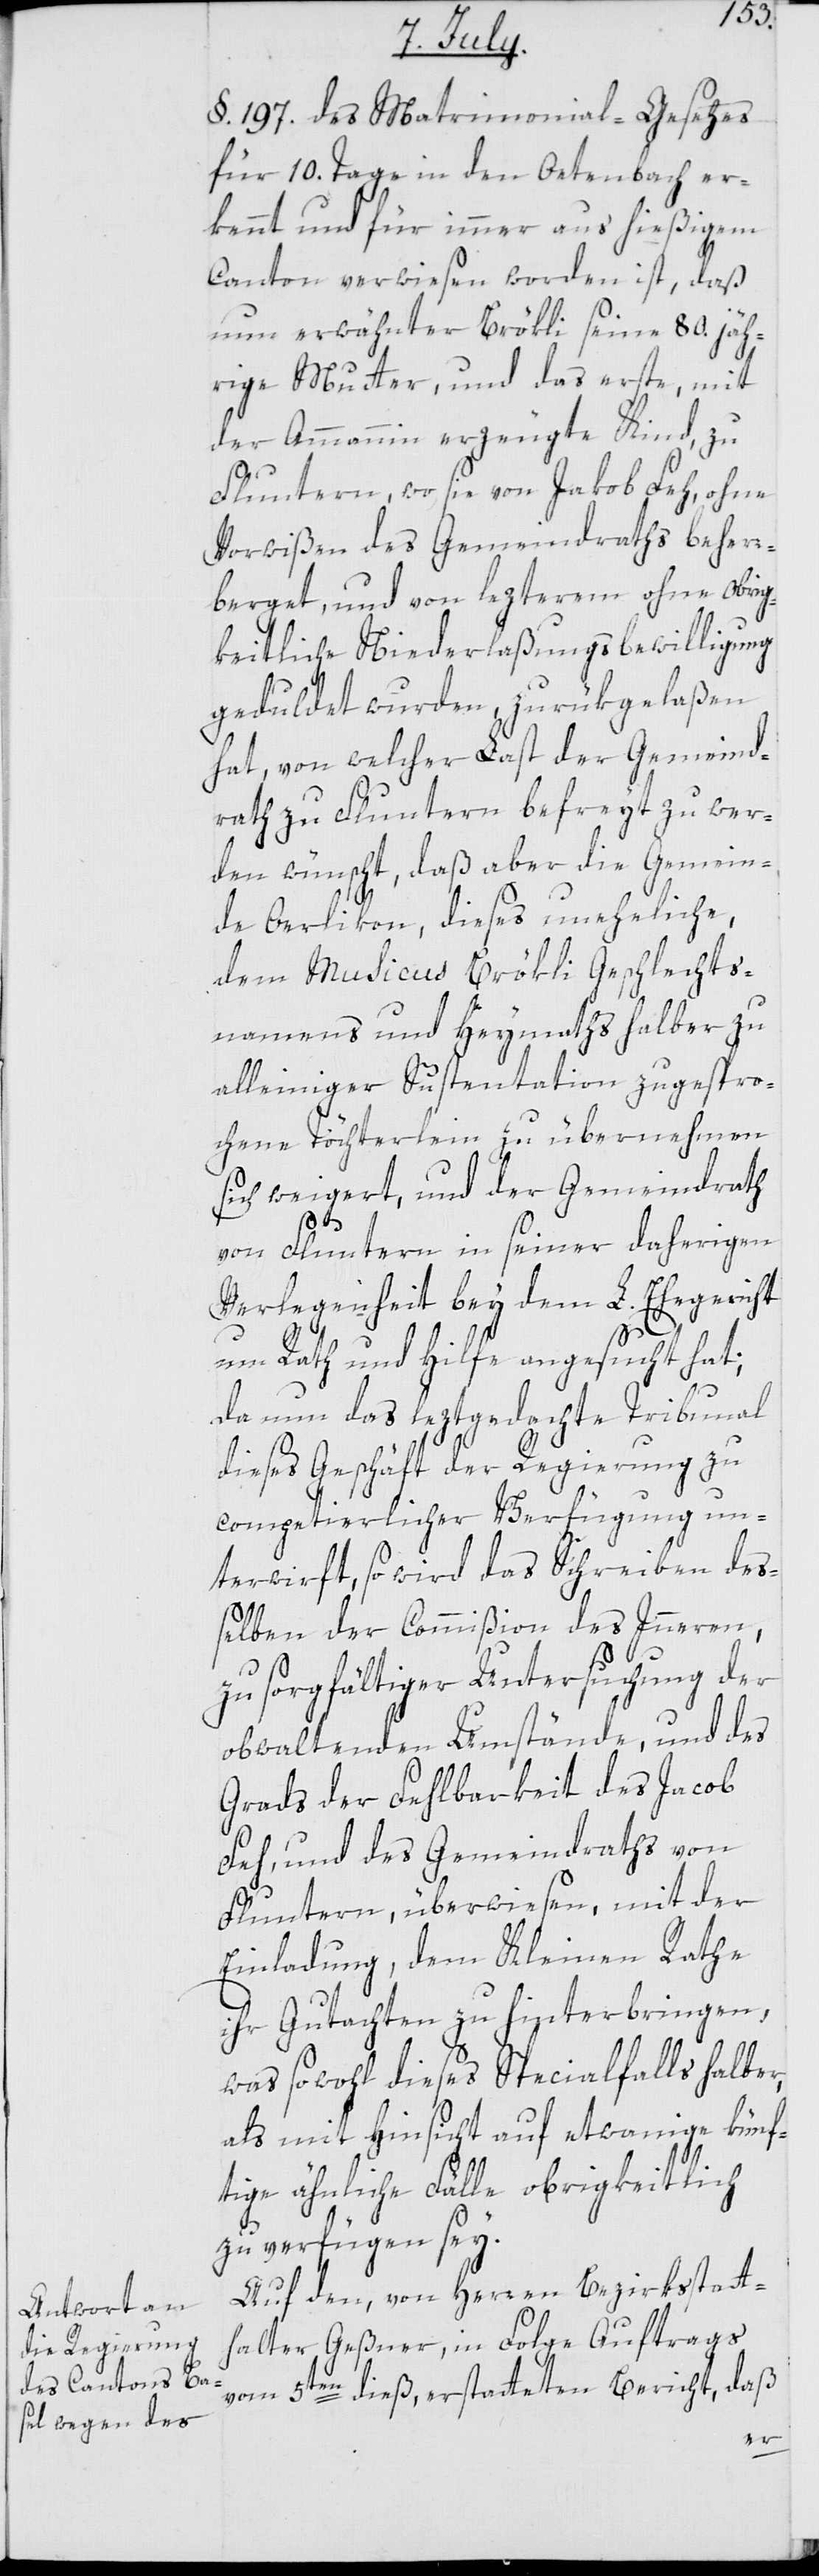
§. 197. des Matrimonial-Gesetzes
für 10. Tage in den Oetenbach er¬
kennt und für immer aus hießigem
Canton verwiesen worden ist, daß
nun erwähnter Brökli seine 80. jäh¬
rige Mutter, und das erste, mit
der Ammannin erzeugte Kind, zu
Fluntern, wo sie von Jacob Feh, ohne
Vorwißen des Gemeindraths beher¬
berget, und von lezterem ohne obrig¬
keitliche Niederlaßungsbewilligung
geduldet wurden, zurükgelaßen
hat, von welcher Last der Gemeind¬
rath zu Fluntern befreyt zu wer¬
den wünscht, daß aber die Gemein¬
de Oerlikon, dieses uneheliche,
dem Musicus Brökli Geschlechts¬
namens und Heymaths halber zu
alleiniger Sustentation zugespro¬
chene Töchterlein zu übernehmen
sich weigert, und der Gemeindrath
von Fluntern in seiner daherigen
Verlegenheit bey dem L. Ehegericht
um Rath und Hilfe angesucht hat;
da nun das leztgedachte Tribunal
dieses Geschäft der Regierung zu
competierlicher Verfügung un¬
terwirft, so wird das Schreiben de¬
ßelben der Commißion des Innern,
zu sorgfältiger Untersuchung der
obwaltenden Umstände, und des
Grads der Fehlbarkeit des Jacob
Feh, und des Gemeindraths von
Fluntern, überwiesen, mit der
Einladung, dem Kleinen Rathe
ihr Gutachten zu hinterbringen,
was sowohl dieses Specialfalls halber,
als mit Hinsicht auf etwanige künf¬
tige ähnliche Fälle obrigkeitlich
zu verfügen sey.
Auf den, von Herren Bezirksstatt¬
halter Geßner, in Folge Auftrags
vom 5ten dieß, erstatteten Bericht, daß